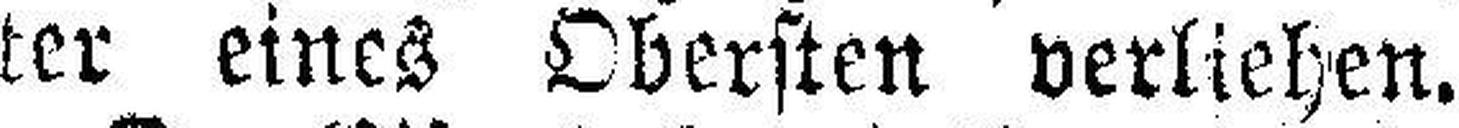
ter eines Obersten verliehen.